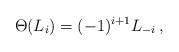
LaTeX: \begin{align*}\Theta(L_i)=(-1)^{i+1} L_{-i}\, , \end{align*}